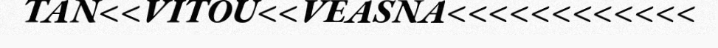
TAN<<VITOU<<VEASNA<<<<<<<<<<<<